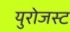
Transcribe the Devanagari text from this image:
युरोजस्ट